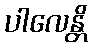
ပါလေန္တိ